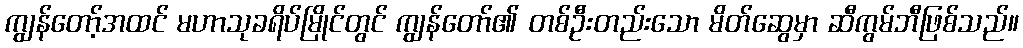
ကျွန်တော့်အထင် မဟာသုခရိပ်မြိုင်တွင် ကျွန်တော်၏ တစ်ဦးတည်းသော မိတ်ဆွေမှာ ဆီကွမ်ဘီဖြစ်သည်။